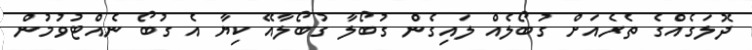
ދޮލަގެއްގެ ތެރެއަށް ގުބޯލެއް ލައިގެން ގުބޯލާ ގުބޯލާއޭ ކިޔާ އެ ގުބޯ ނެއްޓުވުމުން